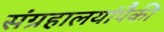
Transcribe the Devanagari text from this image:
संग्रहालयांपैकी